Indian journal of veterinary science and animal husbandry - Volumes 18-21, 1948-1951
Year: 1948
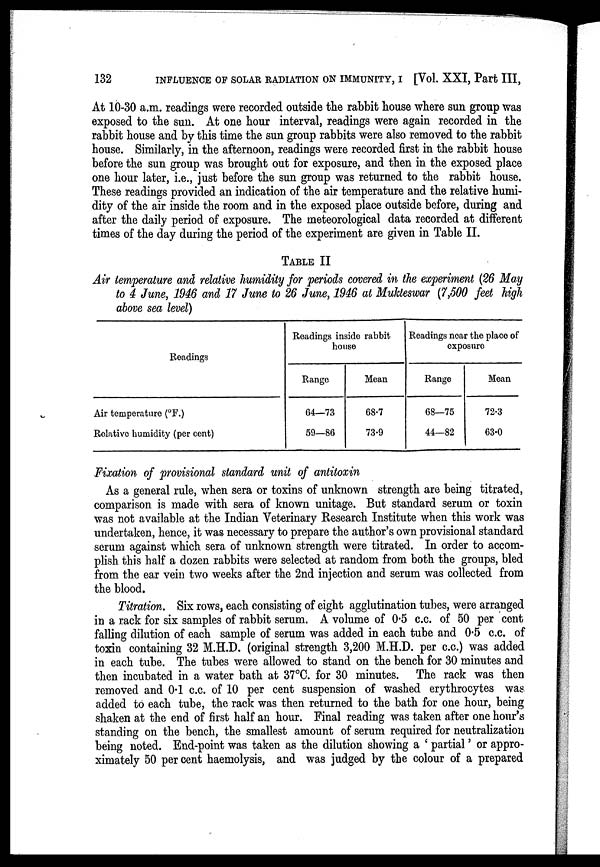
132
INFLUENCE OF SOLAR RADIATION ON IMMUNITY, I [Vol. XXI, Part III,
At 10-30 a.m. readings were recorded outside the rabbit house where sun group was
exposed to the sun. At one hour interval, readings were again recorded in the
rabbit house and by this time the sun group rabbits were also removed to the rabbit
house. Similarly, in the afternoon, readings were recorded first in the rabbit house
before the sun group was brought out for exposure, and then in the exposed place
one hour later, i.e., just before the sun group was returned to the rabbit house.
These readings provided an indication of the air temperature and the relative humi-
dity of the air inside the room and in the exposed place outside before, during and
after the daily period of exposure. The meteorological data recorded at different
times of the day during the period of the experiment are given in Table II.
TABLE II
Air temperature and relative humidity for periods covered in the experiment (26 May
to 4 June, 1946 and 17 June to 26 June, 1946 at Mukteswar (7,500 feet high
above sea level)
Readings
Air temperature (°F.)
Relative humidity (per cent)
Readings inside rabbit
house
Rango
64—73
59—86
Mean
68.7
73.9
Readings near the place of
exposure
Range
68—75
44—82
Mean
72.3
63.0
Fixation of provisional standard unit of antitoxin
As a general rule, when sera or toxins of unknown strength are being titrated,
comparison is made with sera of known unitage. But standard serum or toxin
was not available at the Indian Veterinary Research Institute when this work was
undertaken, hence, it was necessary to prepare the author's own provisional standard
serum against which sera of unknown strength were titrated. In order to accom-
plish this half a dozen rabbits were selected at random from both the groups, bled
from the ear vein two weeks after the 2nd injection and serum was collected from
the blood.
Titration. Six rows, each consisting of eight agglutination tubes, were arranged
in a rack for six samples of rabbit serum. A volume of 0.5 c.c. of 50 per cent
falling dilution of each sample of serum was added in each tube and 0.5 c.c. of
toxin containing 32 M.H.D. (original strength 3,200 M.H.D. per c.c.) was added
in each tube. The tubes were allowed to stand on the bench for 30 minutes and
then incubated in a water bath at 37°C. for 30 minutes. The rack was then
removed and 0.1 c.c. of 10 per cent suspension of washed erythrocytes was
added to each tube, the rack was then returned to the bath for one hour, being
shaken at the end of first half an hour. Final reading was taken after one hour's
standing on the bench, the smallest amount of serum required for neutralization
being noted. End-point was taken as the dilution showing a ' partial' or appro-
ximately 50 per cent haemolysis, and was judged by the colour of a prepared